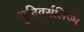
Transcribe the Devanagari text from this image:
युनिवर्सलिज्म